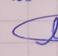
Signature authenticity: genuine